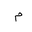
Letter: _mim